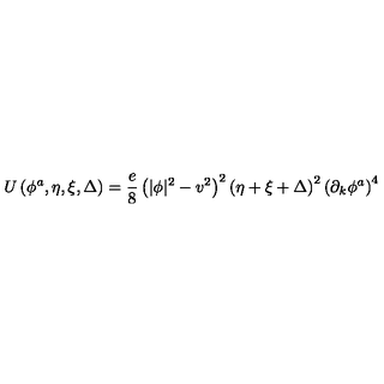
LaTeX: U \left( \phi ^ { a } , \eta , \xi , \Delta \right) = \frac { e } { 8 } \left( | \phi | ^ { 2 } - v ^ { 2 } \right) ^ { 2 } \left( \eta + \xi + \Delta \right) ^ { 2 } \left( \partial _ { k } \phi ^ { a } \right) ^ { 4 }